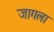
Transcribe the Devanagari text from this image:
जागला